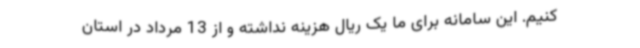
کنیم. این سامانه برای ما یک ریال هزینه نداشته و از 13 مرداد در استان